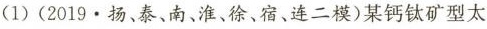
(1)(2019.扬、泰、南、淮、徐、宿、连二模)某钙钛矿型太